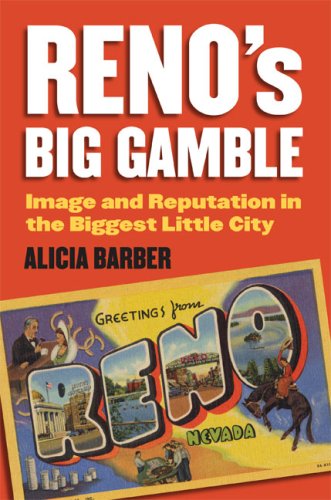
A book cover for Reno's Big Gamble: Image and Reputation in the Biggest Little City; Alicia Barber; Travel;